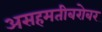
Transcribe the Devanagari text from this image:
असहमतीबरोबर